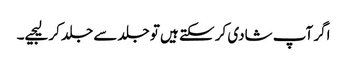
اگر آپ شادی کر سکتے ہیں تو جلد سے جلد کر لیجیے۔